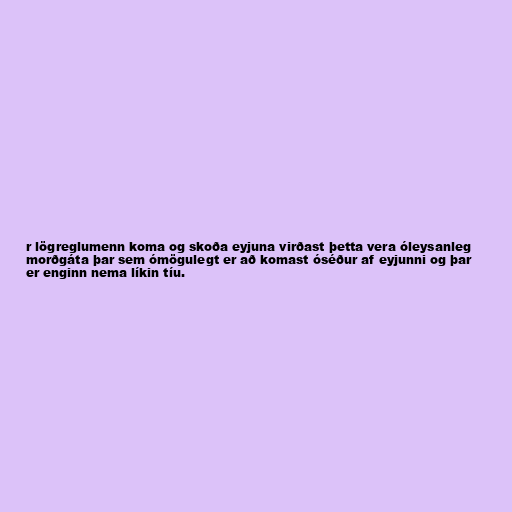
r lögreglumenn koma og skoða eyjuna virðast þetta vera óleysanleg
morðgáta þar sem ómögulegt er að komast óséður af eyjunni og þar
er enginn nema líkin tíu.